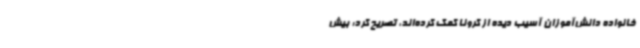
خانواده دانش‌آموزان آسیب دیده از کرونا کمک کرده‌اند، تصریح کرد: بیش